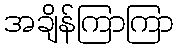
အချိန်ကြာကြာ